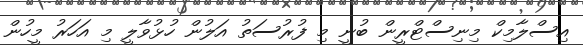
އިސްލާމިކް މިނިސްޓްރީން ބުނީ މި ފުރުސަތު އަލުން ހުޅުވާލީ މި އަހަރު މީހުން